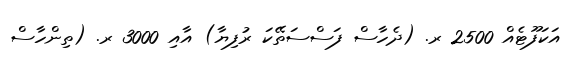
އަކަފޫޓެއް 2500 ރ. (ދެހާސް ފަސްސަތޭކަ ރުފިޔާ) އާއި 3000 ރ. (ތިންހާސް